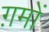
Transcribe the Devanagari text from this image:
ग़मों